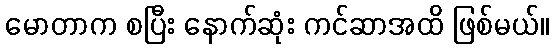
မောတာက စပြီး နောက်ဆုံး ကင်ဆာအထိ ဖြစ်မယ်။